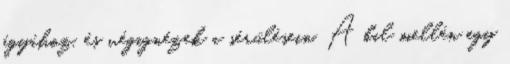
ágyához, és végignézek a sérülésein. A bal mellén egy